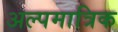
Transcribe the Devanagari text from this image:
अल्पमात्रिक